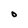
Character: O